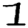
Digit: 1